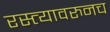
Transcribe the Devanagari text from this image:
रस्त्यावरुनच